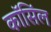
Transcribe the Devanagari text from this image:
कॉसिंल